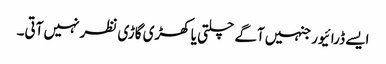
ایسے ڈرائیور جنہیں آگے چلتی یا کھڑی گاڑی نظر نہیں آتی۔